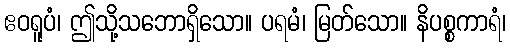
ဧဝရူပံ၊ ဤသို့သဘောရှိသော။ ပရမံ၊ မြတ်သော။ နိပစ္စကာရံ၊